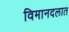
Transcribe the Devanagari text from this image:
विमानदलात